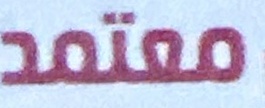
معتمد